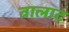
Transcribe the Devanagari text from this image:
तालाट